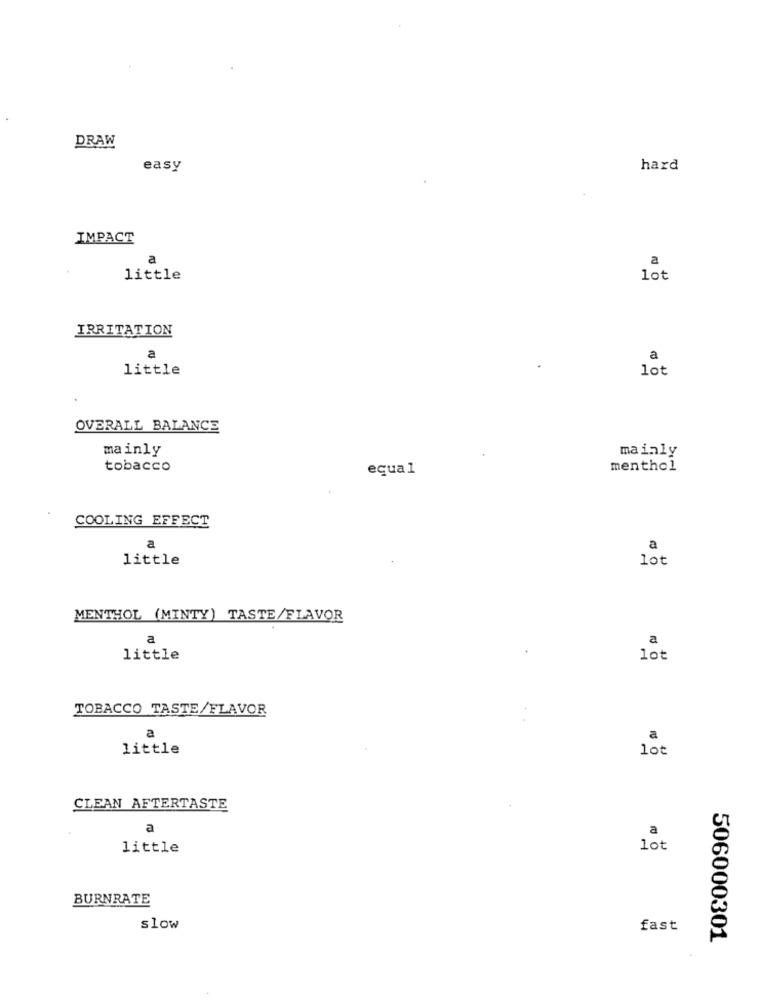
DRAW
easy
hard
IMPACT
a
a
little
lot
IRRITATION
a
a
little
lot
OVERALL BALANCE
mainly
mainly
tobacco
equal
menthol
COOLING EFFECT
a
a
little
lot
MENTHOL (MINTY) TASTE/FLAVOR
a
a
little
lot
TOBACCO TASTE/FLAVOR
a
a
little
lot
CLEAN AFTERTASTE
a
a
little
lot
BURNRATE
slow
fast
506000301